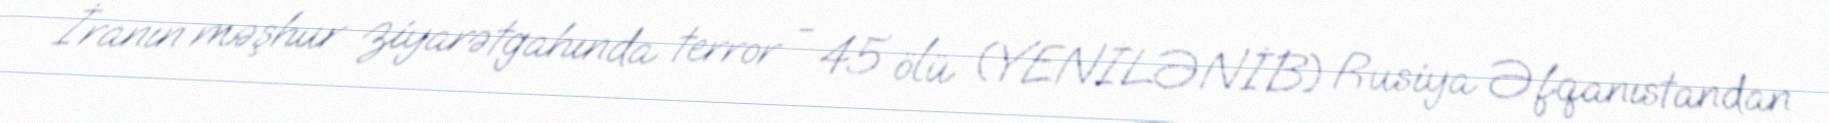
İranın məşhur ziyarətgahında terror - 45 ölü (YENİLƏNİB) Rusiya Əfqanıstandan